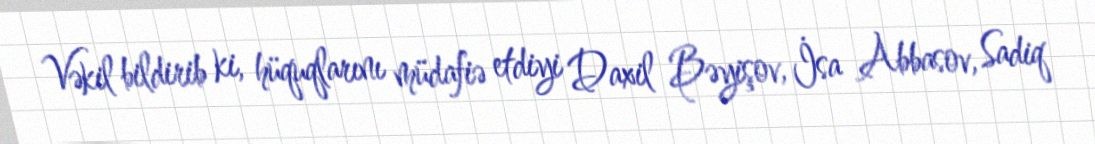
Vəkil bildirib ki, hüquqlarını müdafiə etdiyi Daxil Bəyişov, İsa Abbasov, Sadiq